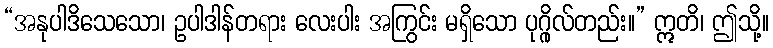
“အနုပါဒိသေသော၊ ဥပါဒါန်တရား လေးပါး အကြွင်း မရှိသော ပုဂ္ဂိုလ်တည်း။” ဣတိ၊ ဤသို့။